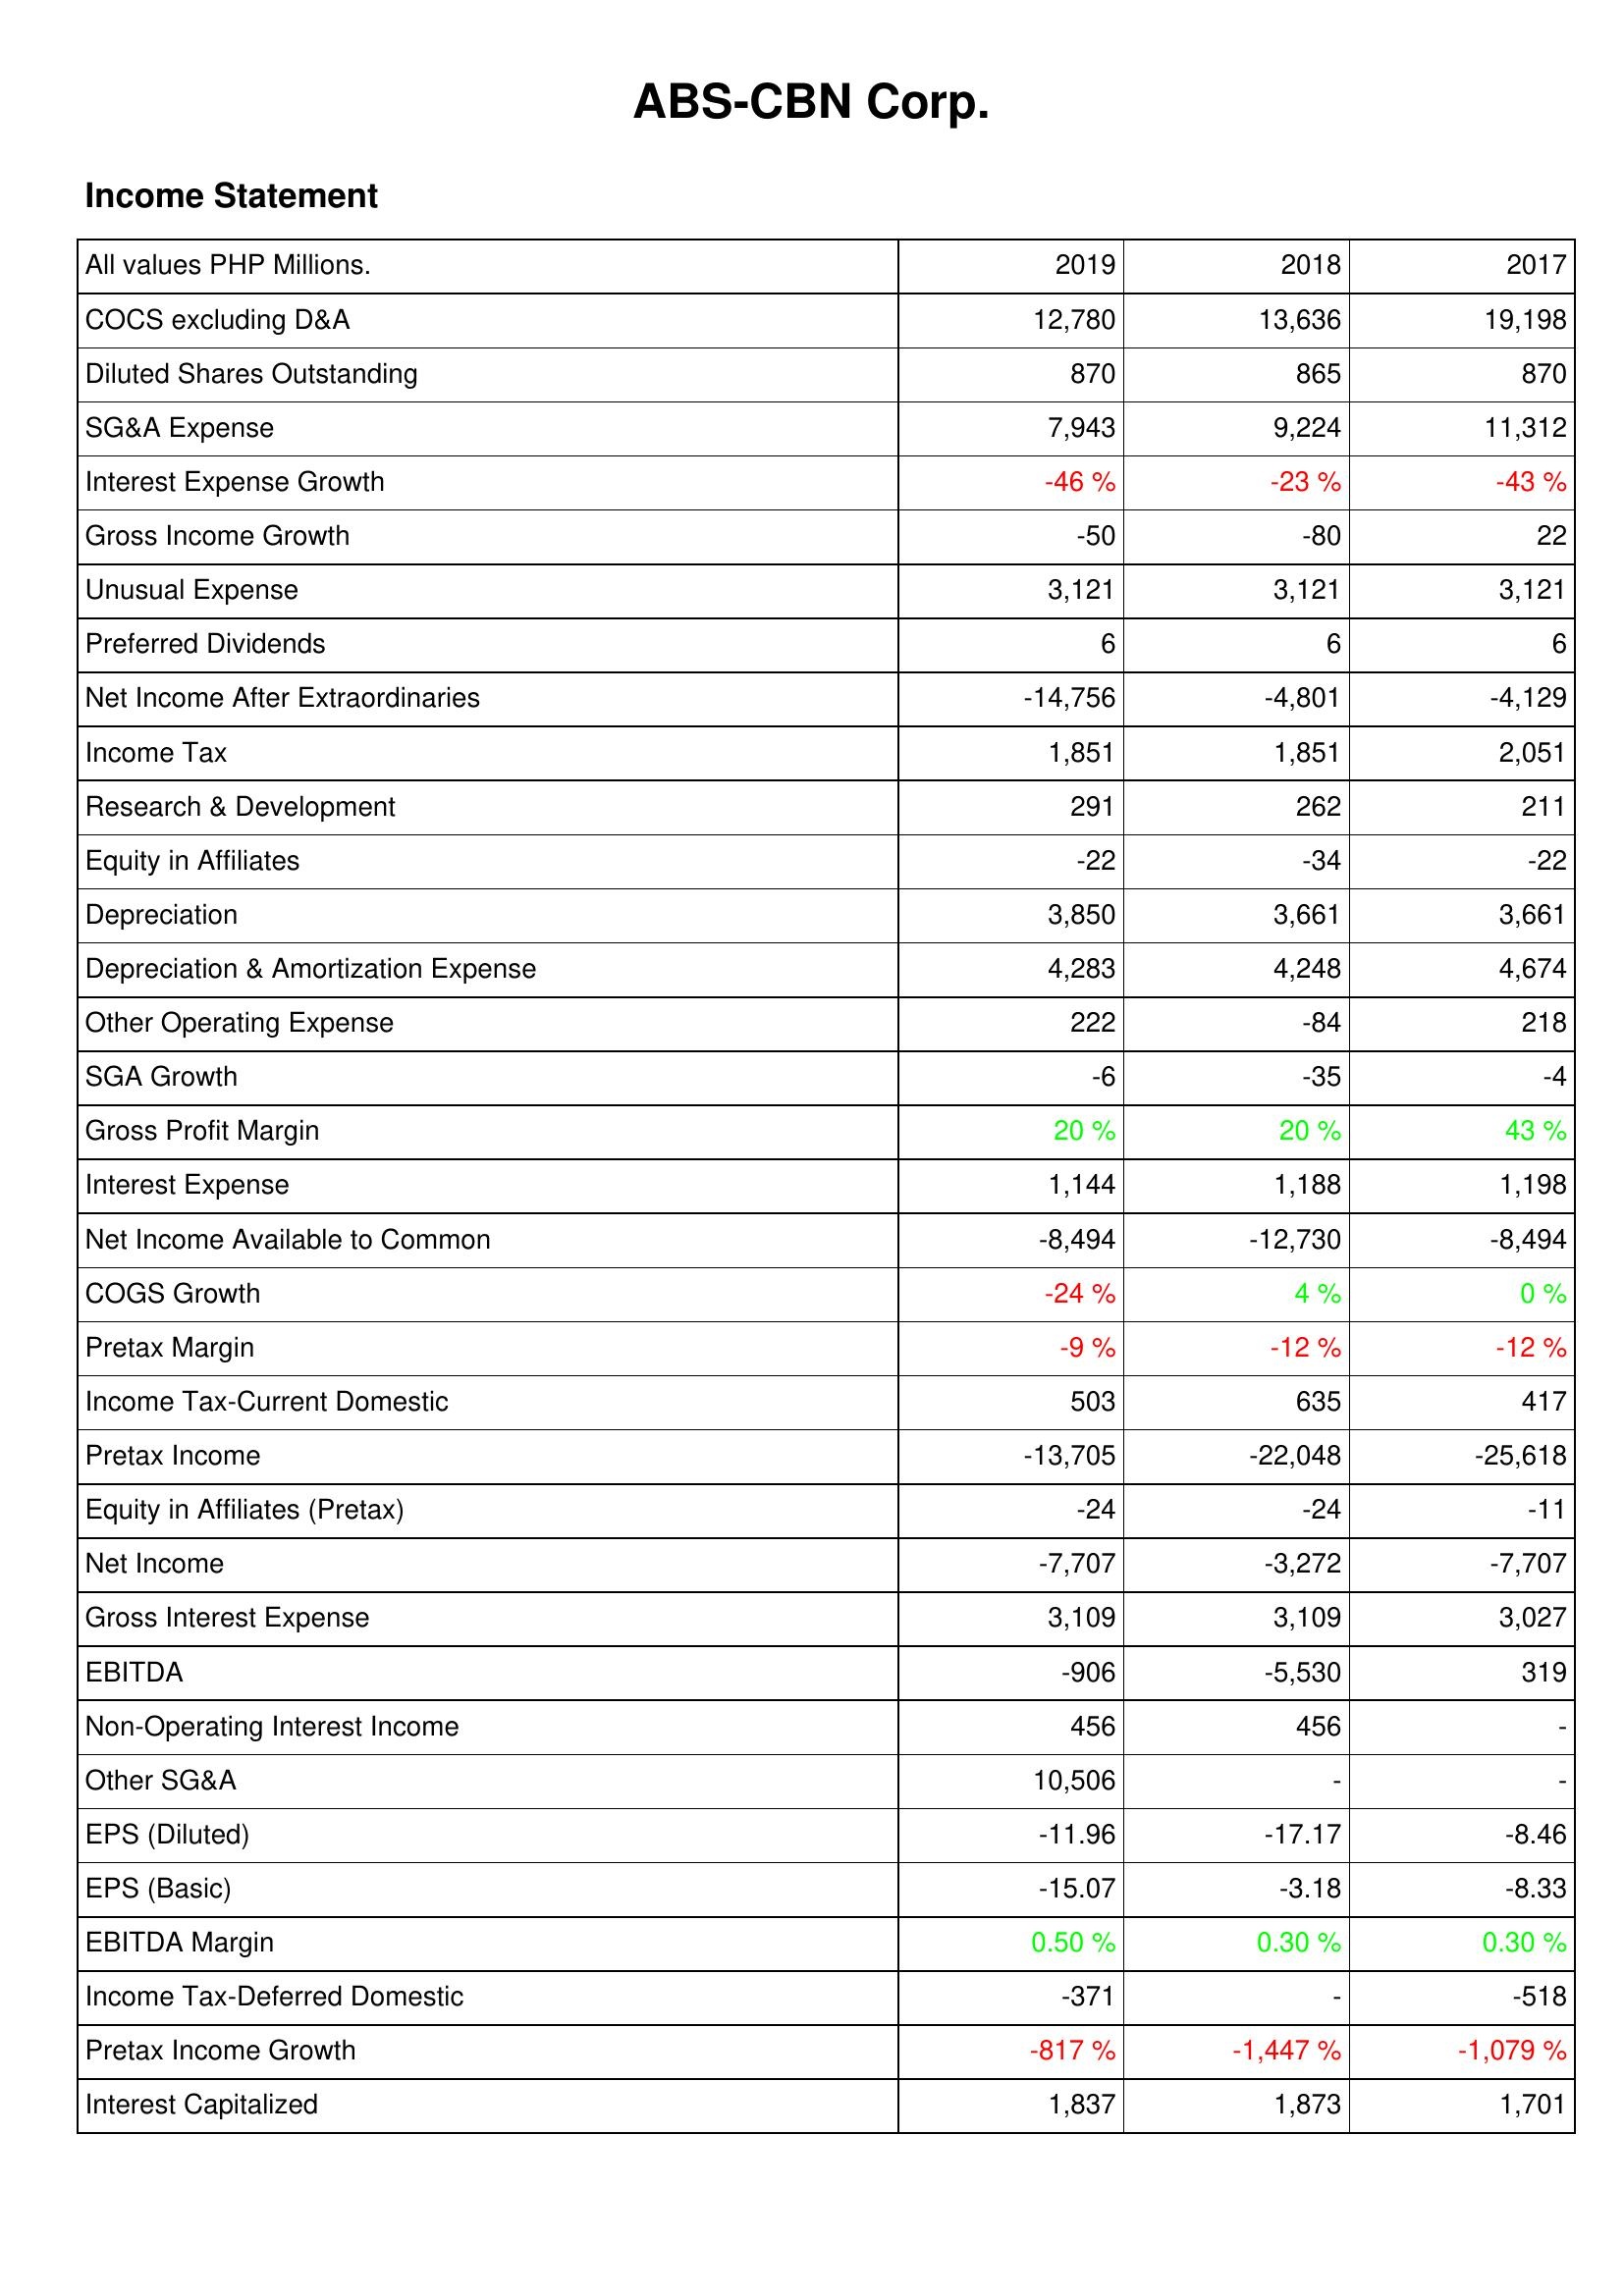
2019: Income Statement: COCS excluding D&A: 12,780
Diluted Shares Outstanding: 870
SG&A Expense: 7,943
Interest Expense Growth: -46 %
Gross Income Growth: -50
Unusual Expense: 3,121
Preferred Dividends: 6
Net Income After Extraordinaries: -14,756
Income Tax: 1,851
Research & Development: 291
Equity in Affiliates: -22
Depreciation: 3,850
Depreciation & Amortization Expense: 4,283
Other Operating Expense: 222
SGA Growth: -6
Gross Profit Margin: 20 %
Interest Expense: 1,144
Net Income Available to Common: -8,494
COGS Growth: -24 %
Pretax Margin: -9 %
Income Tax-Current Domestic: 503
Pretax Income: -13,705
Equity in Affiliates (Pretax): -24
Net Income: -7,707
Gross Interest Expense: 3,109
EBITDA: -906
Non-Operating Interest Income: 456
Other SG&A: 10,506
EPS (Diluted): -11.96
EPS (Basic): -15.07
EBITDA Margin: 0.50 %
Income Tax-Deferred Domestic: -371
Pretax Income Growth: -817 %
Interest Capitalized: 1,837
2018: Income Statement: COCS excluding D&A: 13,636
Diluted Shares Outstanding: 865
SG&A Expense: 9,224
Interest Expense Growth: -23 %
Gross Income Growth: -80
Unusual Expense: 3,121
Preferred Dividends: 6
Net Income After Extraordinaries: -4,801
Income Tax: 1,851
Research & Development: 262
Equity in Affiliates: -34
Depreciation: 3,661
Depreciation & Amortization Expense: 4,248
Other Operating Expense: -84
SGA Growth: -35
Gross Profit Margin: 20 %
Interest Expense: 1,188
Net Income Available to Common: -12,730
COGS Growth: 4 %
Pretax Margin: -12 %
Income Tax-Current Domestic: 635
Pretax Income: -22,048
Equity in Affiliates (Pretax): -24
Net Income: -3,272
Gross Interest Expense: 3,109
EBITDA: -5,530
Non-Operating Interest Income: 456
Other SG&A: -
EPS (Diluted): -17.17
EPS (Basic): -3.18
EBITDA Margin: 0.30 %
Income Tax-Deferred Domestic: -
Pretax Income Growth: -1,447 %
Interest Capitalized: 1,873
2017: Income Statement: COCS excluding D&A: 19,198
Diluted Shares Outstanding: 870
SG&A Expense: 11,312
Interest Expense Growth: -43 %
Gross Income Growth: 22
Unusual Expense: 3,121
Preferred Dividends: 6
Net Income After Extraordinaries: -4,129
Income Tax: 2,051
Research & Development: 211
Equity in Affiliates: -22
Depreciation: 3,661
Depreciation & Amortization Expense: 4,674
Other Operating Expense: 218
SGA Growth: -4
Gross Profit Margin: 43 %
Interest Expense: 1,198
Net Income Available to Common: -8,494
COGS Growth: 0 %
Pretax Margin: -12 %
Income Tax-Current Domestic: 417
Pretax Income: -25,618
Equity in Affiliates (Pretax): -11
Net Income: -7,707
Gross Interest Expense: 3,027
EBITDA: 319
Non-Operating Interest Income: -
Other SG&A: -
EPS (Diluted): -8.46
EPS (Basic): -8.33
EBITDA Margin: 0.30 %
Income Tax-Deferred Domestic: -518
Pretax Income Growth: -1,079 %
Interest Capitalized: 1,701